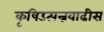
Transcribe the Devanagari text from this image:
कृषिउत्पन्नवाढीस